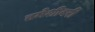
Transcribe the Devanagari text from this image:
तमेशीवरी